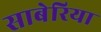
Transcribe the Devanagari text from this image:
साबेरिया